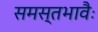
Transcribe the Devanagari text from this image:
समस्तभावैः